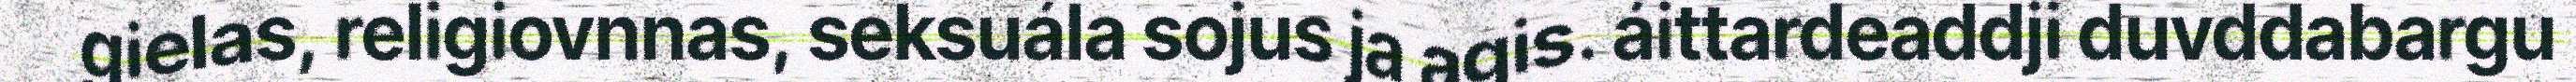
gielas, religiovnnas, seksuála sojus ja agis. áittardeaddji duvddabargu